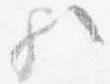
歟